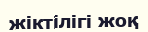
жіктілігі жоқ